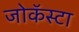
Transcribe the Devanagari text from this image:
जोकॅस्टा